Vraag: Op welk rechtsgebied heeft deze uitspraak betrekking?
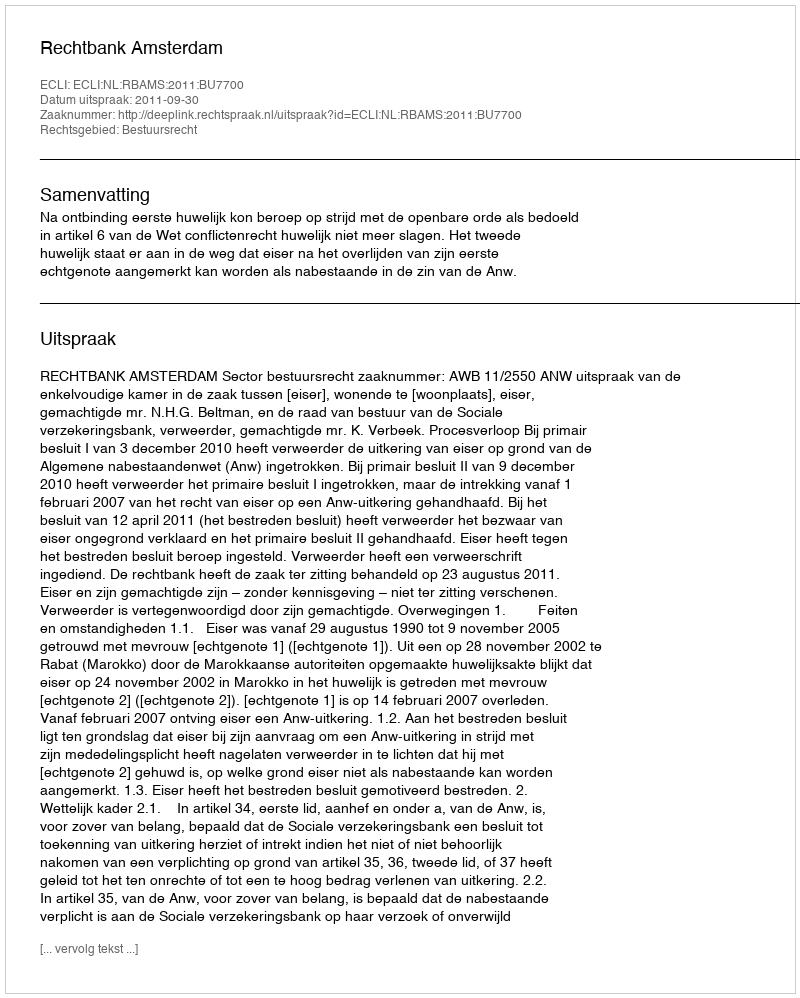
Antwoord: Bestuursrecht